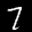
Label: 7